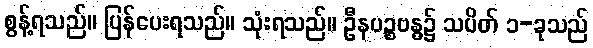
စွန့်ရသည်။ ပြန်ပေးရသည်။ သုံးရသည်။ ဦနပဉ္စဗန္ဓ၌ သပိတ် ၁-ခုသည်